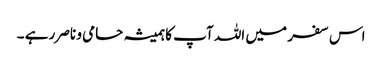
اس سفر میں اللہ آپ کا ہمیشہ حامی و ناصر رہے ۔